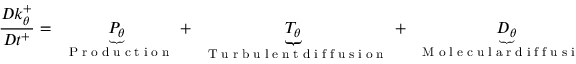
\frac { D k _ { \theta } ^ { + } } { D t ^ { + } } = \underbrace { P _ { \theta } } _ { \mathrm { ~ \tiny ~ { ~ P ~ r ~ o ~ d ~ u ~ c ~ t ~ i ~ o ~ n ~ } ~ } } + \underbrace { T _ { \theta } } _ { \mathrm { ~ \tiny ~ { ~ T ~ u ~ r ~ b ~ u ~ l ~ e ~ n ~ t ~ d ~ i ~ f ~ f ~ u ~ s ~ i ~ o ~ n ~ } ~ } } + \underbrace { D _ { \theta } } _ { \mathrm { ~ \tiny ~ { ~ M ~ o ~ l ~ e ~ c ~ u ~ l ~ a ~ r ~ d ~ i ~ f ~ f ~ u ~ s ~ i ~ o ~ n ~ } ~ } } - \underbrace { \epsilon _ { \theta } } _ { \mathrm { ~ \tiny ~ { ~ D ~ i ~ s ~ s ~ i ~ p ~ a ~ t ~ i ~ o ~ n ~ } ~ } }